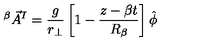
^ { \beta } { \vec { A } } ^ { I } = { \frac { g } { r _ { \bot } } } \left[ 1 - { \frac { z - \beta t } { R _ { \beta } } } \right] \hat { \phi }